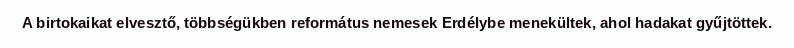
A birtokaikat elvesztő, többségükben református nemesek Erdélybe menekültek, ahol hadakat gyűjtöttek.